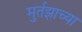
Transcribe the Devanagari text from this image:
मुर्तझाच्या